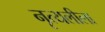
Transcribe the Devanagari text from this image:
नृत्यलीला